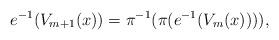
LaTeX: \begin{align*}e^{-1}(V_{m+1}(x))=\pi ^{-1} (\pi ( e^{-1}(V_{m}(x)) )), \end{align*}